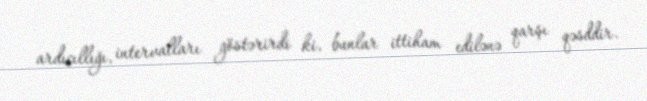
ardıcıllığı, intervalları göstərirdi ki, bunlar ittiham edilənə qarşı qəsddir.